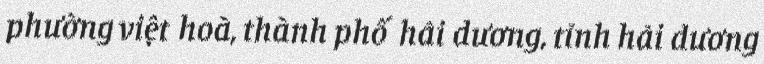
phường việt hoà, thành phố hải dương, tỉnh hải dương